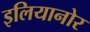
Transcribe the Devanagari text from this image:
इलियानोर